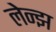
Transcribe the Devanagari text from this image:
लेन्झ